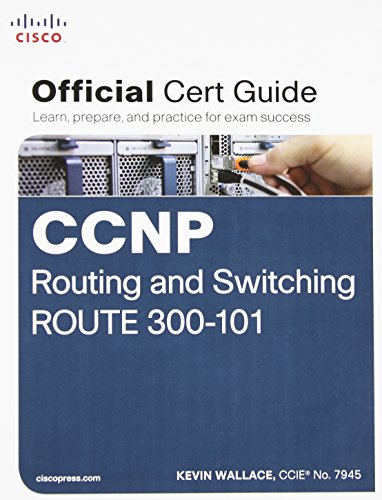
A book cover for CCNP Routing and Switching ROUTE 300-101 Official Cert Guide; Kevin Wallace; Computers & Technology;